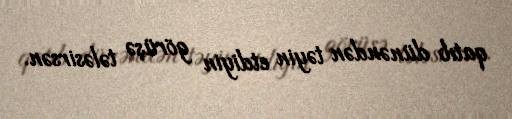
qatıb dünəndən təyin etdiyin görüşə tələsirsən.